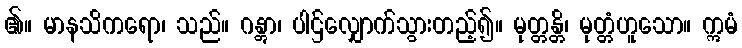
၏။ မာနသိကရော၊ သည်။ ဂန္တွာ၊ ပါဌ်လျှောက်သွားတည့်၍။ မုတ္တန္တိ၊ မုတ္တံဟူသော။ ဣမံ